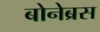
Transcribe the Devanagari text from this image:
बोनेब्रस